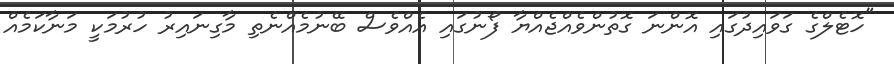
"ހޮޓެލްގެ ގަވައިދުގައި އޮންނަ ގޮތުންވެއްޖެއްޔާ ފޯނުގައި އެއްވެސް ބޭނުމެއްނެތި މާގިނައިރު ހުރުމަކީ މަނާކަމެއް